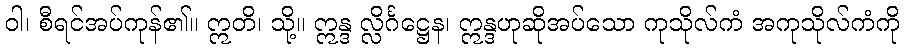
ဝါ၊ စီရင်အပ်ကုန်၏။ ဣတိ၊ သို့။ ဣန္ဒ လ္လိင်္ဂဋ္ဌေန၊ ဣန္ဒဟုဆိုအပ်သော ကုသိုလ်ကံ အကုသိုလ်ကံကို